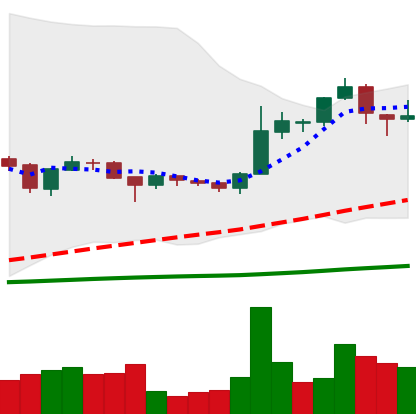
Ticker: BTC-USD
Chart end date: 2015-12-03
Forward return: 15.1%
Label: up_7plus